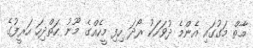
މާތް މަގުގައި އެންމެ ދުވަހަކު ރޯދަ ހިފި މީހެއްގެ މޫނު ހަތްދިހަ ހަރީފުގެ